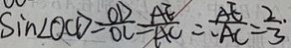
\sin \angle O C D = \frac { O D } { O C } = \frac { A E } { A C } \therefore \frac { A E } { A C } = \frac { 2 } { 3 } \cdot